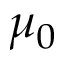
\mu _ { 0 }